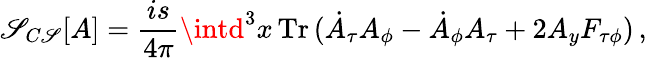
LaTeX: \mathscr{S}_{C\mathscr{S}}[A]=\frac{{is}}{{4\pi}}\intd^{3}x\, {\mathrm{{Tr}}}\, (\dot{{A}}_{\tau}A_{\phi}-\dot{{A}}_{\phi}A_{\tau}+2A_{y}F_{\tau\phi})\, ,